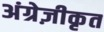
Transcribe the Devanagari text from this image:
अंग्रेज़ीकृत